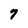
Character: 7